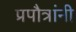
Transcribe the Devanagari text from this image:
प्रपौत्रांनी